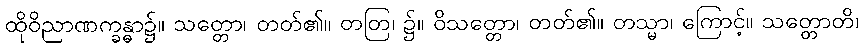
ထိုဝိညာဏက္ခန္ဓာ၌။ သတ္တော၊ တတ်၏။ တတြ၊ ၌။ ဝိသတ္တော၊ တတ်၏။ တသ္မာ၊ ကြောင့်။ သတ္တောတိ၊